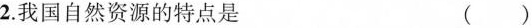
2.我国自然资源的特点是 ()